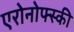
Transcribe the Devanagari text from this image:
एरोनोफ्स्की